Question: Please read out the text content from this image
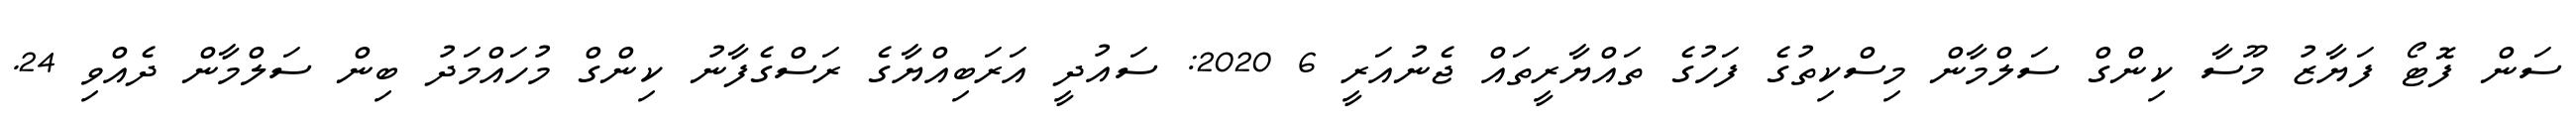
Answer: ސަން ފޮޓޯ ފަޔާޒު މޫސާ ކިންގް ސަލްމާން މިސްކިތުގެ ފަހުގެ ތައްޔާރީތައް ޖެނުއަރީ 6 2020: ސައުދީ އަރަބިއްޔާގެ ރަސްގެފާނު ކިންގް މުހައްމަދު ބިން ސަލްމާން ދެއްވި 24.